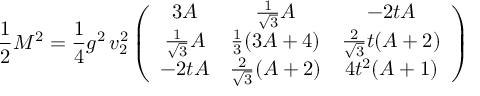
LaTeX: \frac 1 2 M ^ { 2 } = \frac 1 4 g ^ { 2 } \, v _ { 2 } ^ { 2 } \left( \begin{array} { c c c } { { 3 A } } & { { \frac 1 { \sqrt { 3 } } A } } & { { - 2 t A } } \\ { { \frac 1 { \sqrt { 3 } } A } } & { { \frac 1 3 ( 3 A + 4 ) } } & { { \frac 2 { \sqrt { 3 } } t ( A + 2 ) } } \\ { { - 2 t A } } & { { \frac 2 { \sqrt { 3 } } ( A + 2 ) } } & { { 4 t ^ { 2 } ( A + 1 ) } } \end{array} \right)